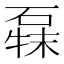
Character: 𰧍